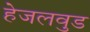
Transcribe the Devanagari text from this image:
हेजलवुड